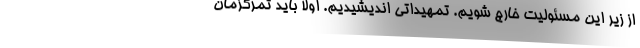
از زیر این مسئولیت خارج شویم. تمهیداتی اندیشیدیم. اولاً باید تمرکزمان